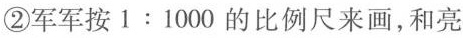
②军军按1:1000的比例尺来画，和亮